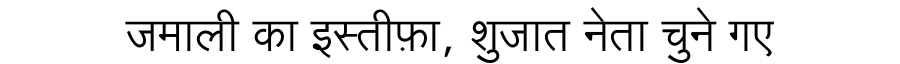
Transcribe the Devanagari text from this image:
जमाली का इस्तीफ़ा, शुजात नेता चुने गए